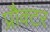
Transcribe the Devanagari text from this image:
प्रौक्टर